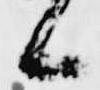
候